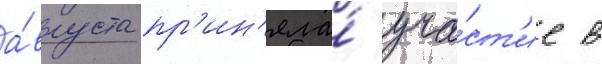
а́вгуста пр'ин'яла́ уча́ст'ие в